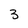
Character: 3